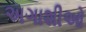
અગાશીઓ